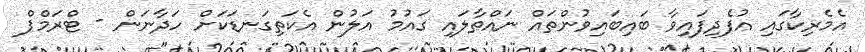
އެމެރިކާގައި އުފެދިފައިވާ ބައިބައިވުންތައް ނައްތާލައި ގައުމު އަލުން އެކަތިގަނޑަކަށް ހަދާނަން - ޓްރަމްޕް